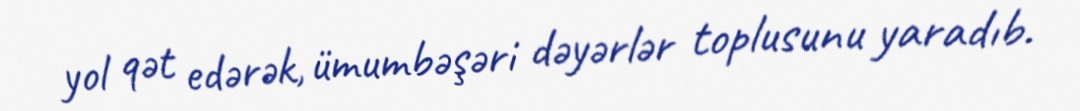
yol qət edərək, ümumbəşəri dəyərlər toplusunu yaradıb.